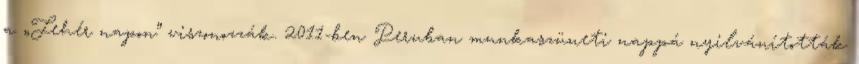
a „Fehér napon” viszonozzák. 2011-ben Peruban munkaszüneti nappá nyilvánították